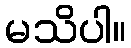
မသိပါ။